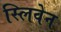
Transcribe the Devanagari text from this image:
स्लिवेन